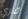
فري